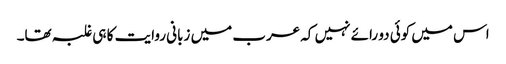
اس میں کوئی دو رائے نہیں کہ عرب میں زبانی روایت کا ہی غلبہ تھا۔